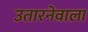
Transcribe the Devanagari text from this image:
उतारनेवाला